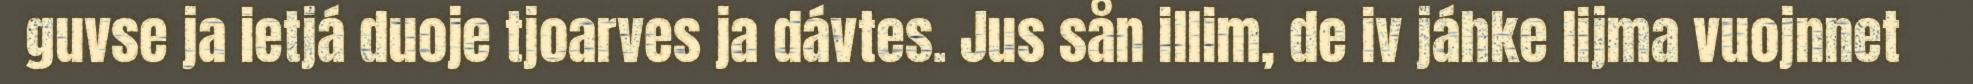
guvse ja ietjá duoje tjoarves ja dávtes. Jus sån illim, de iv jáhke lijma vuojnnet